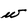
Character: w